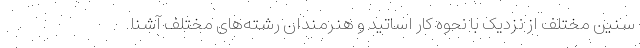
سنین مختلف از نزدیک با نحوه کار اساتید و هنرمندان رشته‌های مختلف آشنا